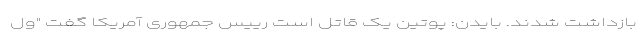
بازداشت شدند. بایدن: پوتین یک قاتل است رییس جمهوری آمریکا گفت "ول